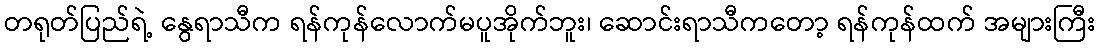
တရုတ်ပြည်ရဲ့ နွေရာသီက ရန်ကုန်လောက်မပူအိုက်ဘူး၊ ဆောင်းရာသီကတော့ ရန်ကုန်ထက် အများကြီး